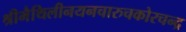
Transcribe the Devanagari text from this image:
श्रीमैथिलीनयनचारुचकोरचन्द्र